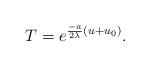
LaTeX: \begin{align*}T= e^{\frac {-a} {2\lambda}(u+u_0)}. \end{align*}